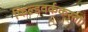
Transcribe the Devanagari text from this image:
फिल्डवर्ककरता